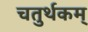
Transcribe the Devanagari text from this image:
चतुर्थकम्